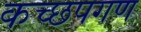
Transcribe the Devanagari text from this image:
कच्छपगण